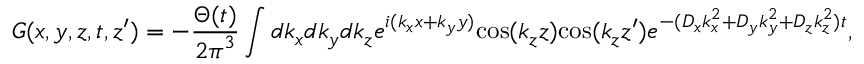
G ( x , y , z , t , z ^ { \prime } ) = - \frac { \Theta ( t ) } { { 2 \pi } ^ { 3 } } \int d k _ { x } d k _ { y } d k _ { z } e ^ { i ( { k _ { x } } x + { k _ { y } } y ) } \mathrm { c o s } ( k _ { z } z ) \mathrm { c o s } ( k _ { z } z { ' } ) e ^ { - ( { D _ { x } } { k _ { x } ^ { 2 } } + { D _ { y } } { k _ { y } ^ { 2 } } + { D _ { z } } { k _ { z } ^ { 2 } } ) t } ,